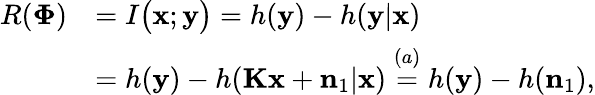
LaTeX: \begin{array}{rl}{R(\mathbf{\Phi})}&{=I\big(\mathbf{x};\mathbf{y}\big)=h(\mathbf{y})-h(\mathbf{y}|\mathbf{x})}\\ &{=h(\mathbf{y})-h(\mathbf{K}\mathbf{x}+\mathbf{n}_{1}|\mathbf{x})\overset{(a)}=h(\mathbf{y})-h(\mathbf{n}_{1}),}\end{array}